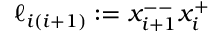
\ell _ { i ( i + 1 ) } : = x _ { i + 1 } ^ { -- } x _ { i } ^ { + }